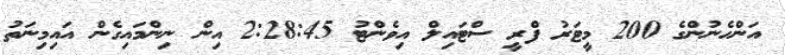
އަންހެނުންގެ 200 މީޓަރު ފްރީ ސްޓައިލް އިވެންޓު 2:28:45 އިން ނިންމަައިގެން އައިމިނަތު